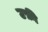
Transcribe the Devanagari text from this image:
उफ़ी